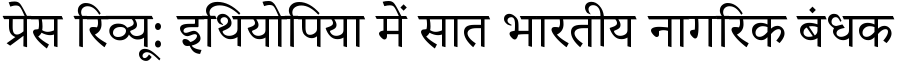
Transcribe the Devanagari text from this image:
प्रेस रिव्यू: इथियोपिया में सात भारतीय नागरिक बंधक